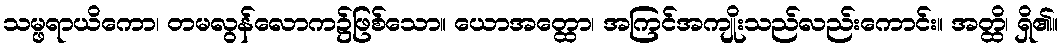
သမ္ဖရာယိကော၊ တမလွန်လောက၌ဖြစ်သော။ ယောအတ္ထော၊ အကြင်အကျိုးသည်လည်းကောင်း။ အတ္ထိ၊ ရှိ၏။